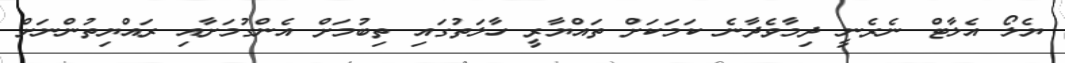
ޔެލޯ އެލާޓް ނެރެނީ ދިމާވެދާނެ ކަމަކަށް ތައްޔާރީ ހާލަތުގައި ތިބުމަށް އެންގުމަށާއި ރައްޔިތުންނަށް